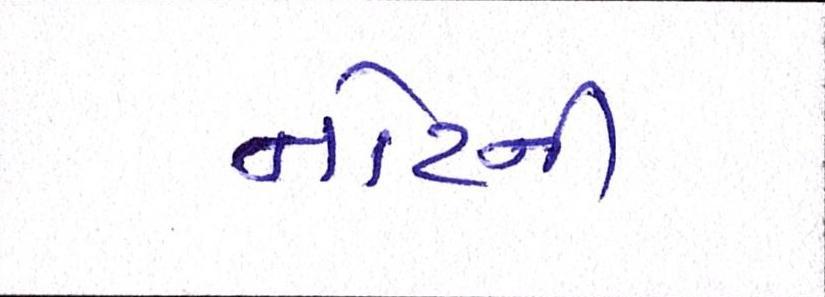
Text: નોટની